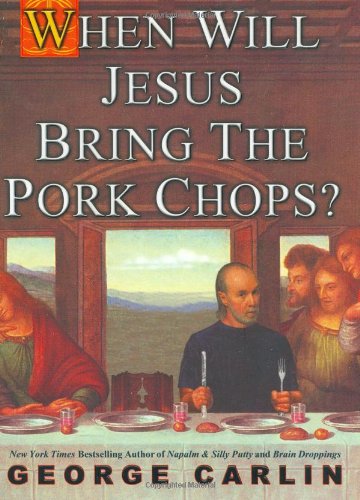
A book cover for When Will Jesus Bring the Pork Chops?; George Carlin; Humor & Entertainment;